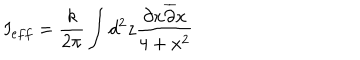
LaTeX: I _ { e f f } = \frac { k } { 2 \pi } \int d ^ { 2 } z \frac { \partial x \overline { { { \partial } } } x } { 4 + x ^ { 2 } }